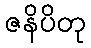
ဇနိပိတု